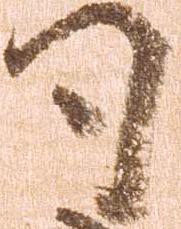
司